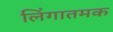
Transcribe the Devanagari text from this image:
लिंगातमक